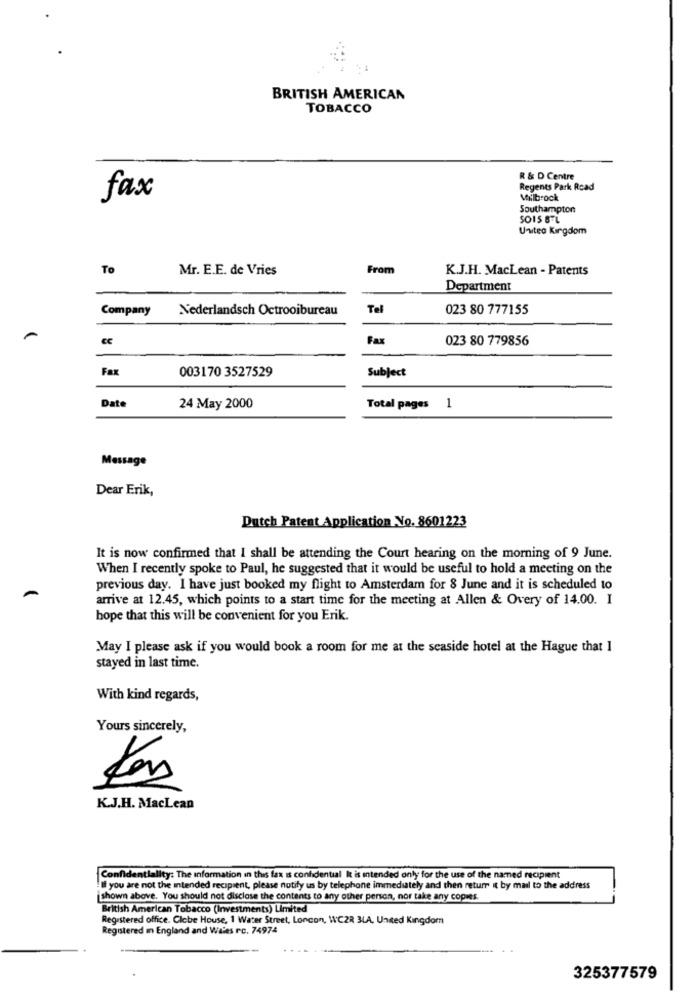
BRITISH AMERICAN
TOBACCO
R & D Centre
Regents Park Road
fax
Milbrock
Southampton
United Kingdom
To
Mr. E.E. de Vries
From
K.J.H. MacLean - Patents
Department
Company
Nederlandsch Octrooibureau
Tel
023 80 777155
Fax
023 80 779856
Fax
003170 3527529
Subject
Date
24 May 2000
Total pages 1
Message
Dear Erik,
Dutch Patent Application No. 8601223
It is now confirmed that I shall be attending the Court hearing on the morning of 9 June.
When I recently spoke to Paul, he suggested that it would be useful to hold a meeting on the
previous day. I have just booked my flight to Amsterdam for 8 June and it is scheduled to
arrive at 12.45, which points to a start time for the meeting at Allen & Overy of 14.00. I
hope that this will be convenient for you Erik.
May I please ask if you would book a room for me at the seaside hotel at the Hague that I
stayed in last time.
With kind regards,
Yours sincerely,
K.J.H. MacLean
Confidentiality: The information in this fax is confidential It is intended only for the use of the named recipient
If you are not the intended recipient, please notify us by telephone immediately and then return it by mail to the address
shown above. You should not disclose the contents to any other person, nor take any copies.
British American Tobacco (Investments) Limited
Registered office. Clcbe House, 1 Water Street, Loncon, WCZR 3LA, United Kingdom
Registered In England and Wales rc. 74974
325377579